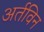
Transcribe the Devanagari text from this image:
अर्तविन